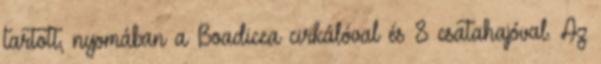
tartott, nyomában a Boadicea cirkálóval és 8 csatahajóval. Az